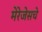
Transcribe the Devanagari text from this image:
मेरेजेसचे